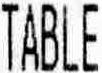
TABLE